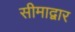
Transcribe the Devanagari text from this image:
सीमाद्वार